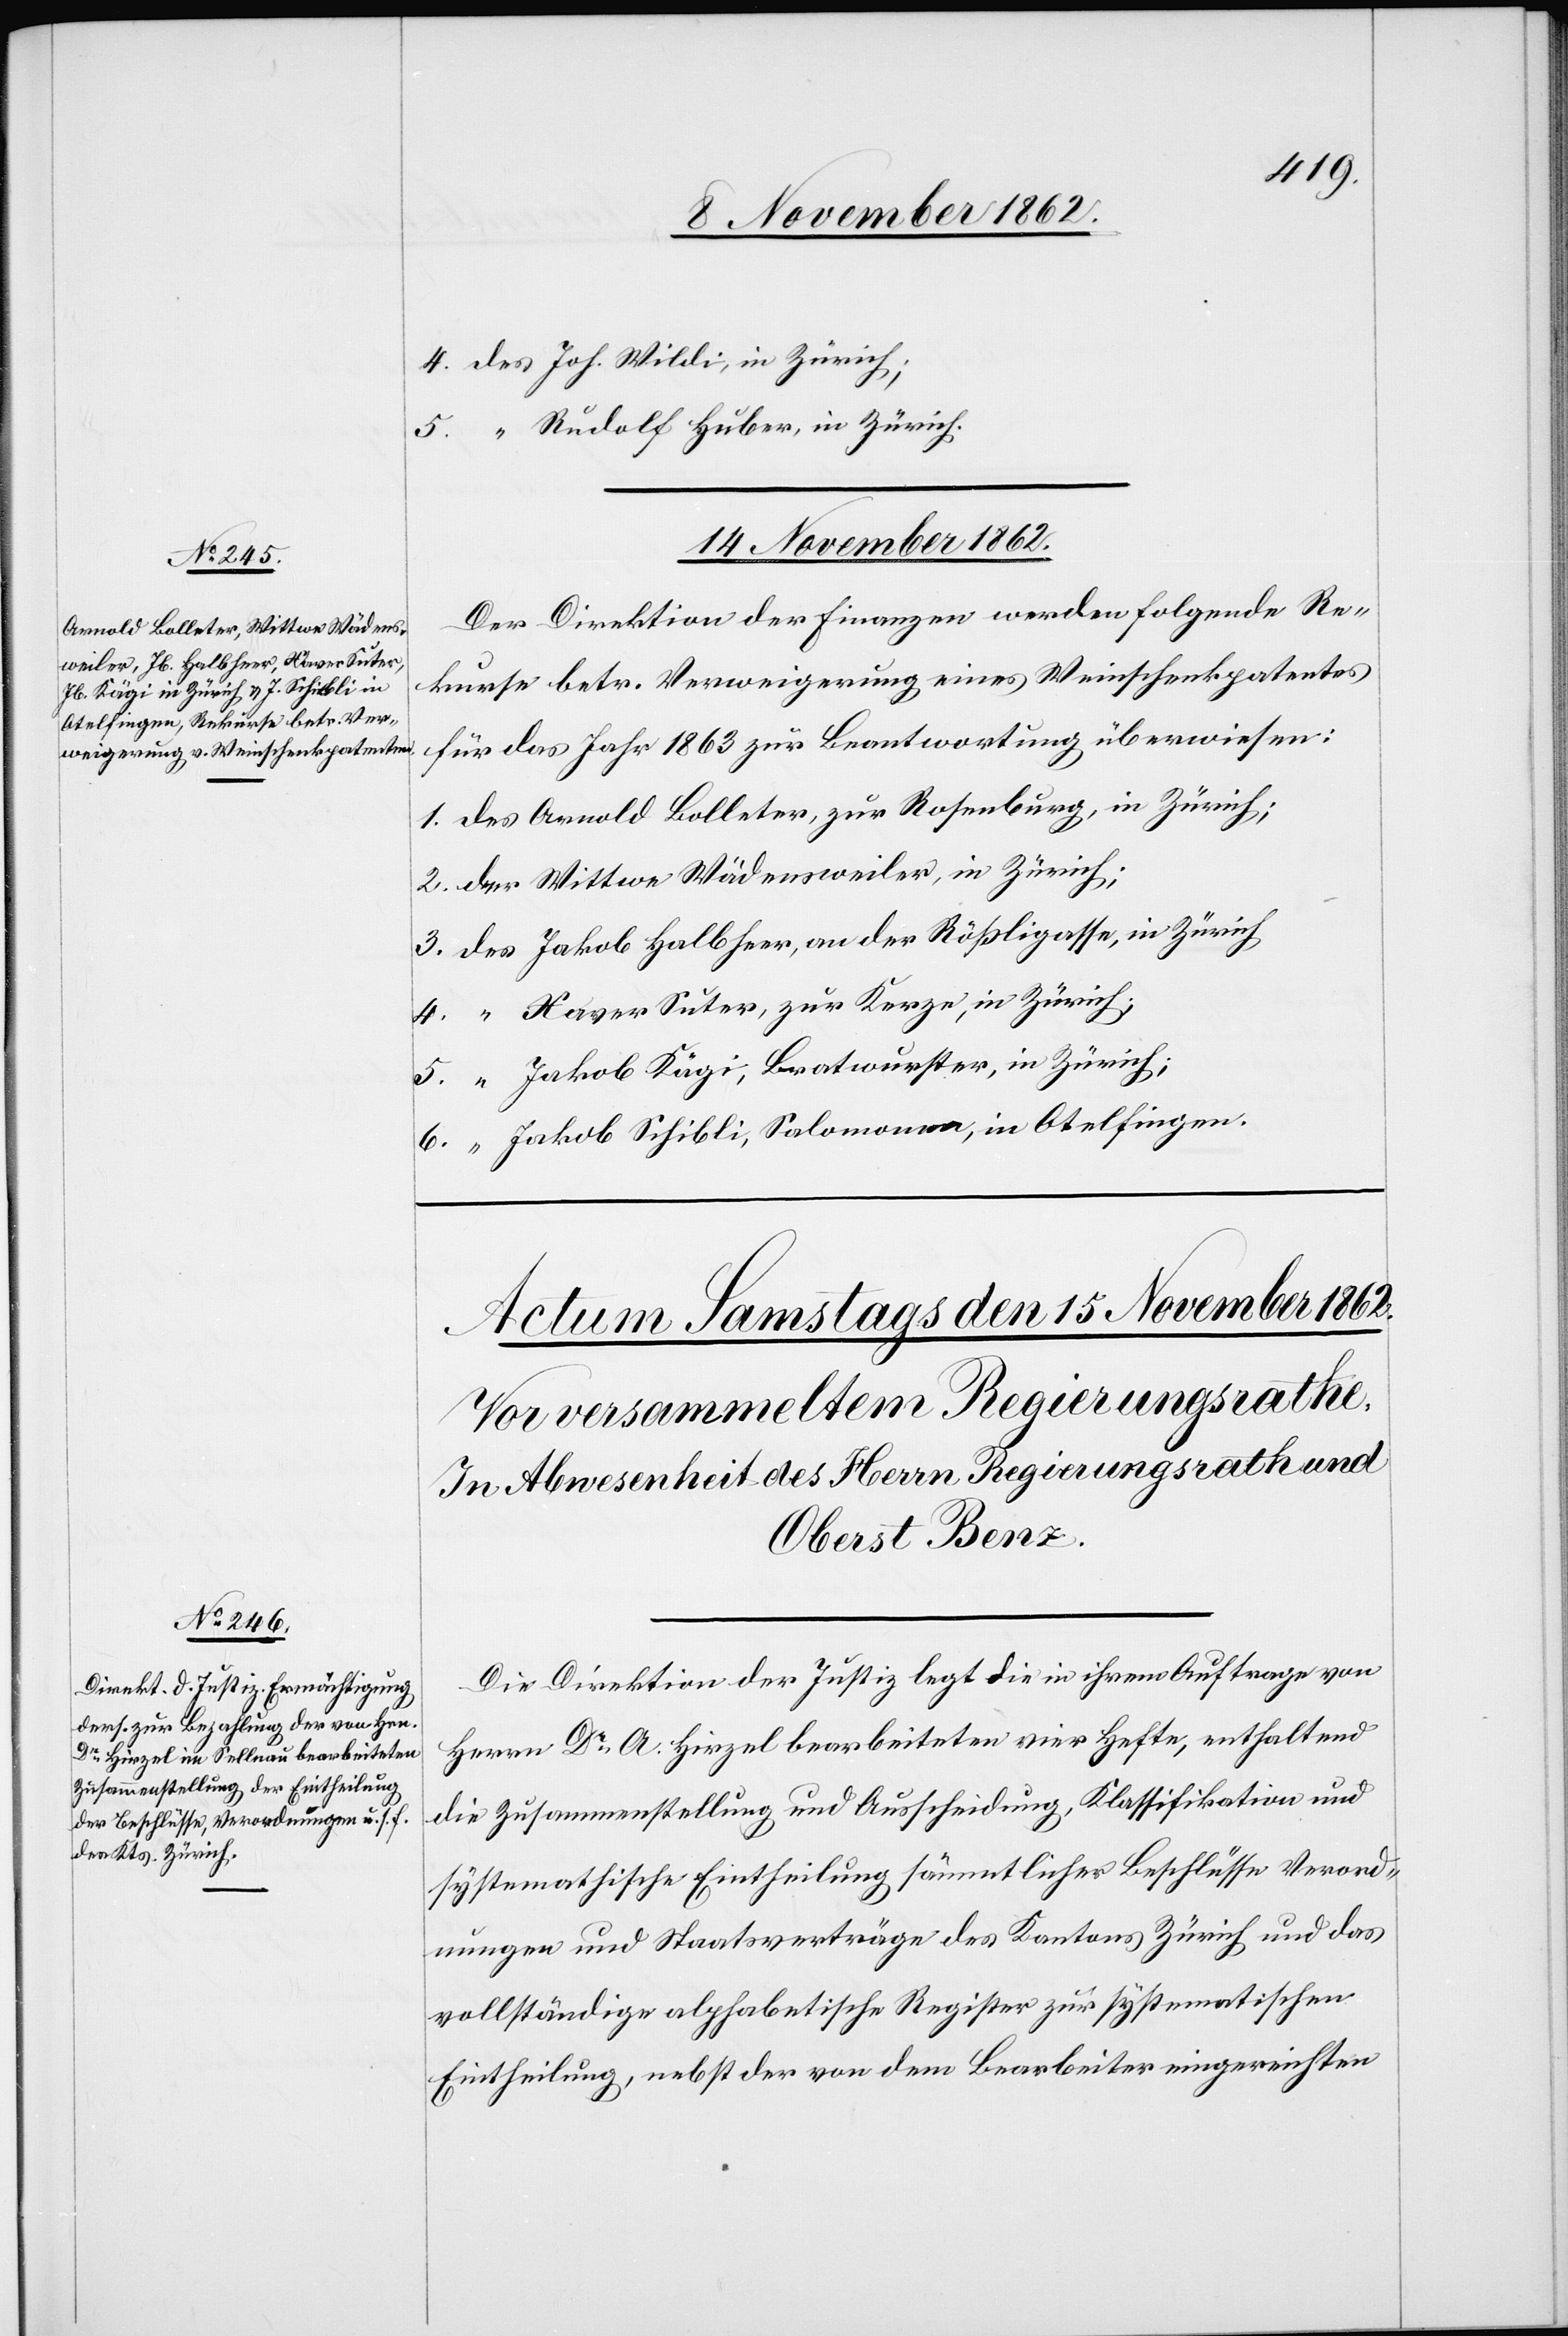
14. November 1862
Der Direktion der Finanzen werden folgende Re¬
kurse betr. Verweigerung eines Weinschenkpatentes
für das Jahr 1863 zur Beantwortung überwiesen:
Wittwe Wädensweiler, in Zürich;
Xaver Suter, zur Kerze, in Zürich;
Jakob Kägi, Bratwurster, in Zürich;
Jakob Schibli, Salomonen, in Otelfingen.
Die Direktion der Justiz legt die in ihrem Auftrage von
Herrn Dr A. Hirzel bearbeiteten vier Hefte, enthaltend
die Zusammenstellung und Ausscheidung, Klassifikation und
systematische Eintheilung sämmtlicher Beschlüsse, Verord¬
nungen und Staatsverträge des Kantons Zürich und das
vollständige alphabetische Register zur systematischen
Eintheilung, nebst der von dem Bearbeiter eingereichten